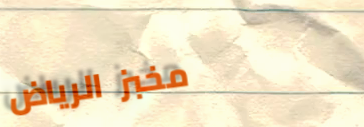
مخبز الرياض